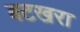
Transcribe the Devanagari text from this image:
बटखरा